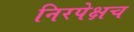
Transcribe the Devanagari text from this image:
निरपेक्षच